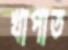
খাপাত